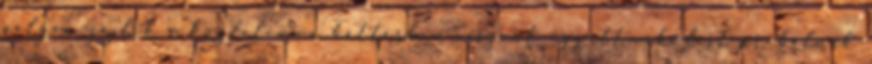
pályán zajlik a küzdelem, a háttérben viszont együttműködést próbálnak